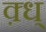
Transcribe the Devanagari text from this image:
क़्ध्